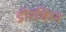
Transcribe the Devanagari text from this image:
डोरकिन